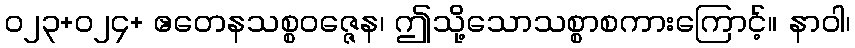
၀၂၃+၀၂၄+ ဧတေနသစ္စဝဇ္ဇေန၊ ဤသို့သောသစ္စာစကားကြောင့်။ နာဝါ၊